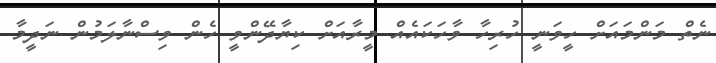
ނެތް މަންމައަށް ހީވަނީ ހުރިހާ ވާހަކައެއް މީރާއަށް ކިޔާދޭންވީ ހެން ވިސްނާލަމުން ނަދީމާ